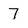
Character: 7